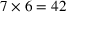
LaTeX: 7 \times 6 = 4 2